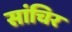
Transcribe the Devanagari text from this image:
सांचिर